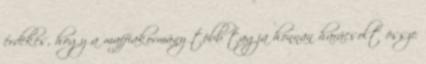
érdekes, hogy a maffiakormány több tagja honnan harácsolt össze